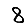
Digit: 8